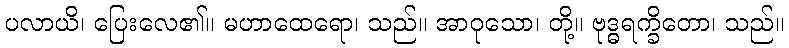
ပလာယိ၊ ပြေးလေ၏။ မဟာထေရော၊ သည်။ အာဝုသော၊ တို့။ ဗုဒ္ဓရက္ခိတော၊ သည်။